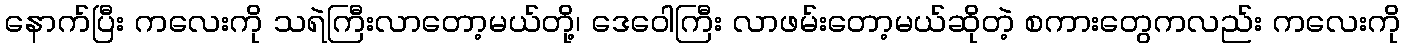
နောက်ပြီး ကလေးကို သရဲကြီးလာတော့မယ်တို့၊ ဒေဝေါကြီး လာဖမ်းတော့မယ်ဆိုတဲ့ စကားတွေကလည်း ကလေးကို